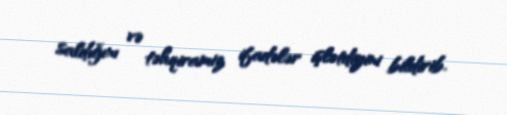
saldığını və təhqiramiz ifadələr işlətdiyini bildirib.